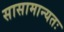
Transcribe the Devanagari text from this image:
सासामान्यतः